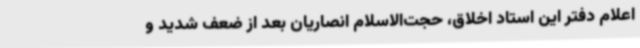
اعلام دفتر این استاد اخلاق، حجت‌الاسلام انصاریان بعد از ضعف شدید و